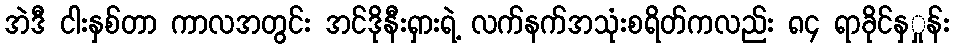
အဲဒီ ငါးနှစ်တာ ကာလအတွင်း အင်ဒိုနီးရှားရဲ့ လက်နက်အသုံးစရိတ်ကလည်း ၈၄ ရာခိုင်နှှုန်း